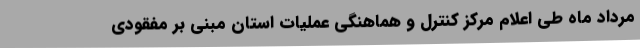
مرداد ماه طی اعلام مرکز کنترل و هماهنگی عملیات استان مبنی بر مفقودی